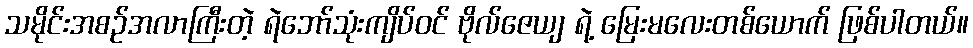
သမိုင်းအစဉ်အလာကြီးတဲ့ ရဲဘော်သုံးကျိပ်ဝင် ဗိုလ်ဇေယျ ရဲ့ မြေးမလေးတစ်ယောက် ဖြစ်ပါတယ်။